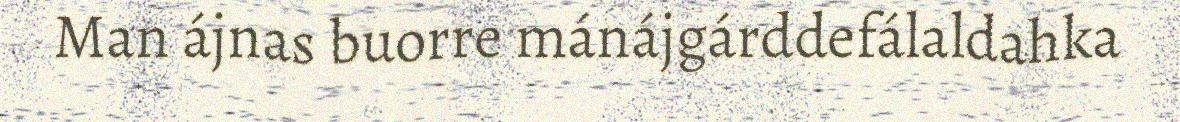
Man ájnas buorre mánájgárddefálaldahka